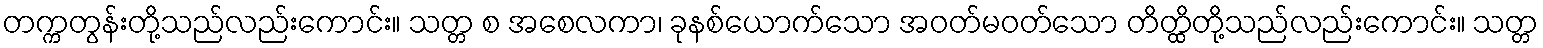
တက္ကတွန်းတို့သည်လည်းကောင်း။ သတ္တ စ အစေလကာ၊ ခုနစ်ယောက်သော အဝတ်မဝတ်သော တိတ္ထိတို့သည်လည်းကောင်း။ သတ္တ